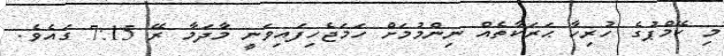
މި ކޭމްޕުގެ ހުރިހާ ޙަރަކާތެއް ނިންމުމަށް ހަމަޖެހިފައިވަނީ މާދަމާ ރޭ 7:15 ގައެވެ.